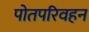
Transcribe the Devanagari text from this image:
पोतपरिवहन